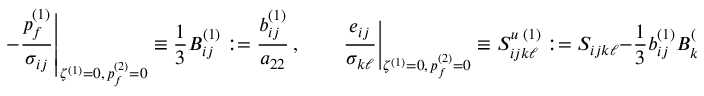
\left. - \frac { p _ { f } ^ { ( 1 ) } } { \sigma _ { i j } } \right| _ { \zeta ^ { ( 1 ) } = 0 , \, p _ { f } ^ { ( 2 ) } = 0 } \equiv \frac { 1 } { 3 } B _ { i j } ^ { ( 1 ) } : = \frac { b _ { i j } ^ { ( 1 ) } } { a _ { 2 2 } } \, , \qquad \left. \frac { e _ { i j } } { \sigma _ { k \ell } } \right| _ { \zeta ^ { ( 1 ) } = 0 , \, p _ { f } ^ { ( 2 ) } = 0 } \equiv S _ { i j k \ell } ^ { u \, \, ( 1 ) } : = S _ { i j k \ell } - \frac { 1 } { 3 } b _ { i j } ^ { ( 1 ) } B _ { k \ell } ^ { ( 1 ) } \, ,